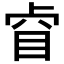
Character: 𱲲